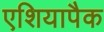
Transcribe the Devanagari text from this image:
एशियापैक